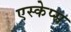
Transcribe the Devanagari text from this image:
एस्केप्स